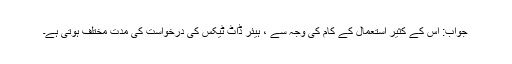
جواب: اس کے کثیر استعمال کے کام کی وجہ سے ، ہیئر ڈاٹ ٹیکس کی درخواست کی مدت مختلف ہوتی ہے۔